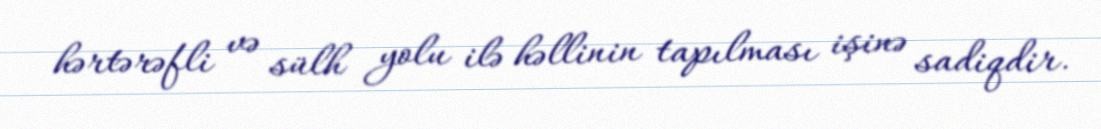
hərtərəfli və sülh yolu ilə həllinin tapılması işinə sadiqdir.